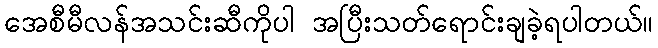
အေစီမီလန်အသင်းဆီကိုပါ အပြီးသတ်ရောင်းချခဲ့ရပါတယ်။